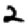
Digit: 2